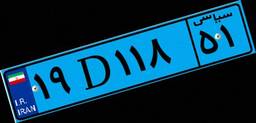
۱۹D۱۱۸۵۱